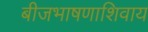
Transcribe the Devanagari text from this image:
बीजभाषणाशिवाय